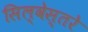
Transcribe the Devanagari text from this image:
सिल्वेस्तरे